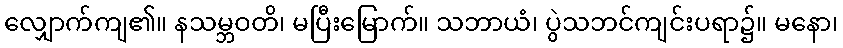
လျှောက်ကျ၏။ နသမ္ဘဝတိ၊ မပြီးမြောက်။ သဘာယံ၊ ပွဲသဘင်ကျင်းပရာ၌။ မနော၊